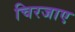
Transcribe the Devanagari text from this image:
चिरजाए